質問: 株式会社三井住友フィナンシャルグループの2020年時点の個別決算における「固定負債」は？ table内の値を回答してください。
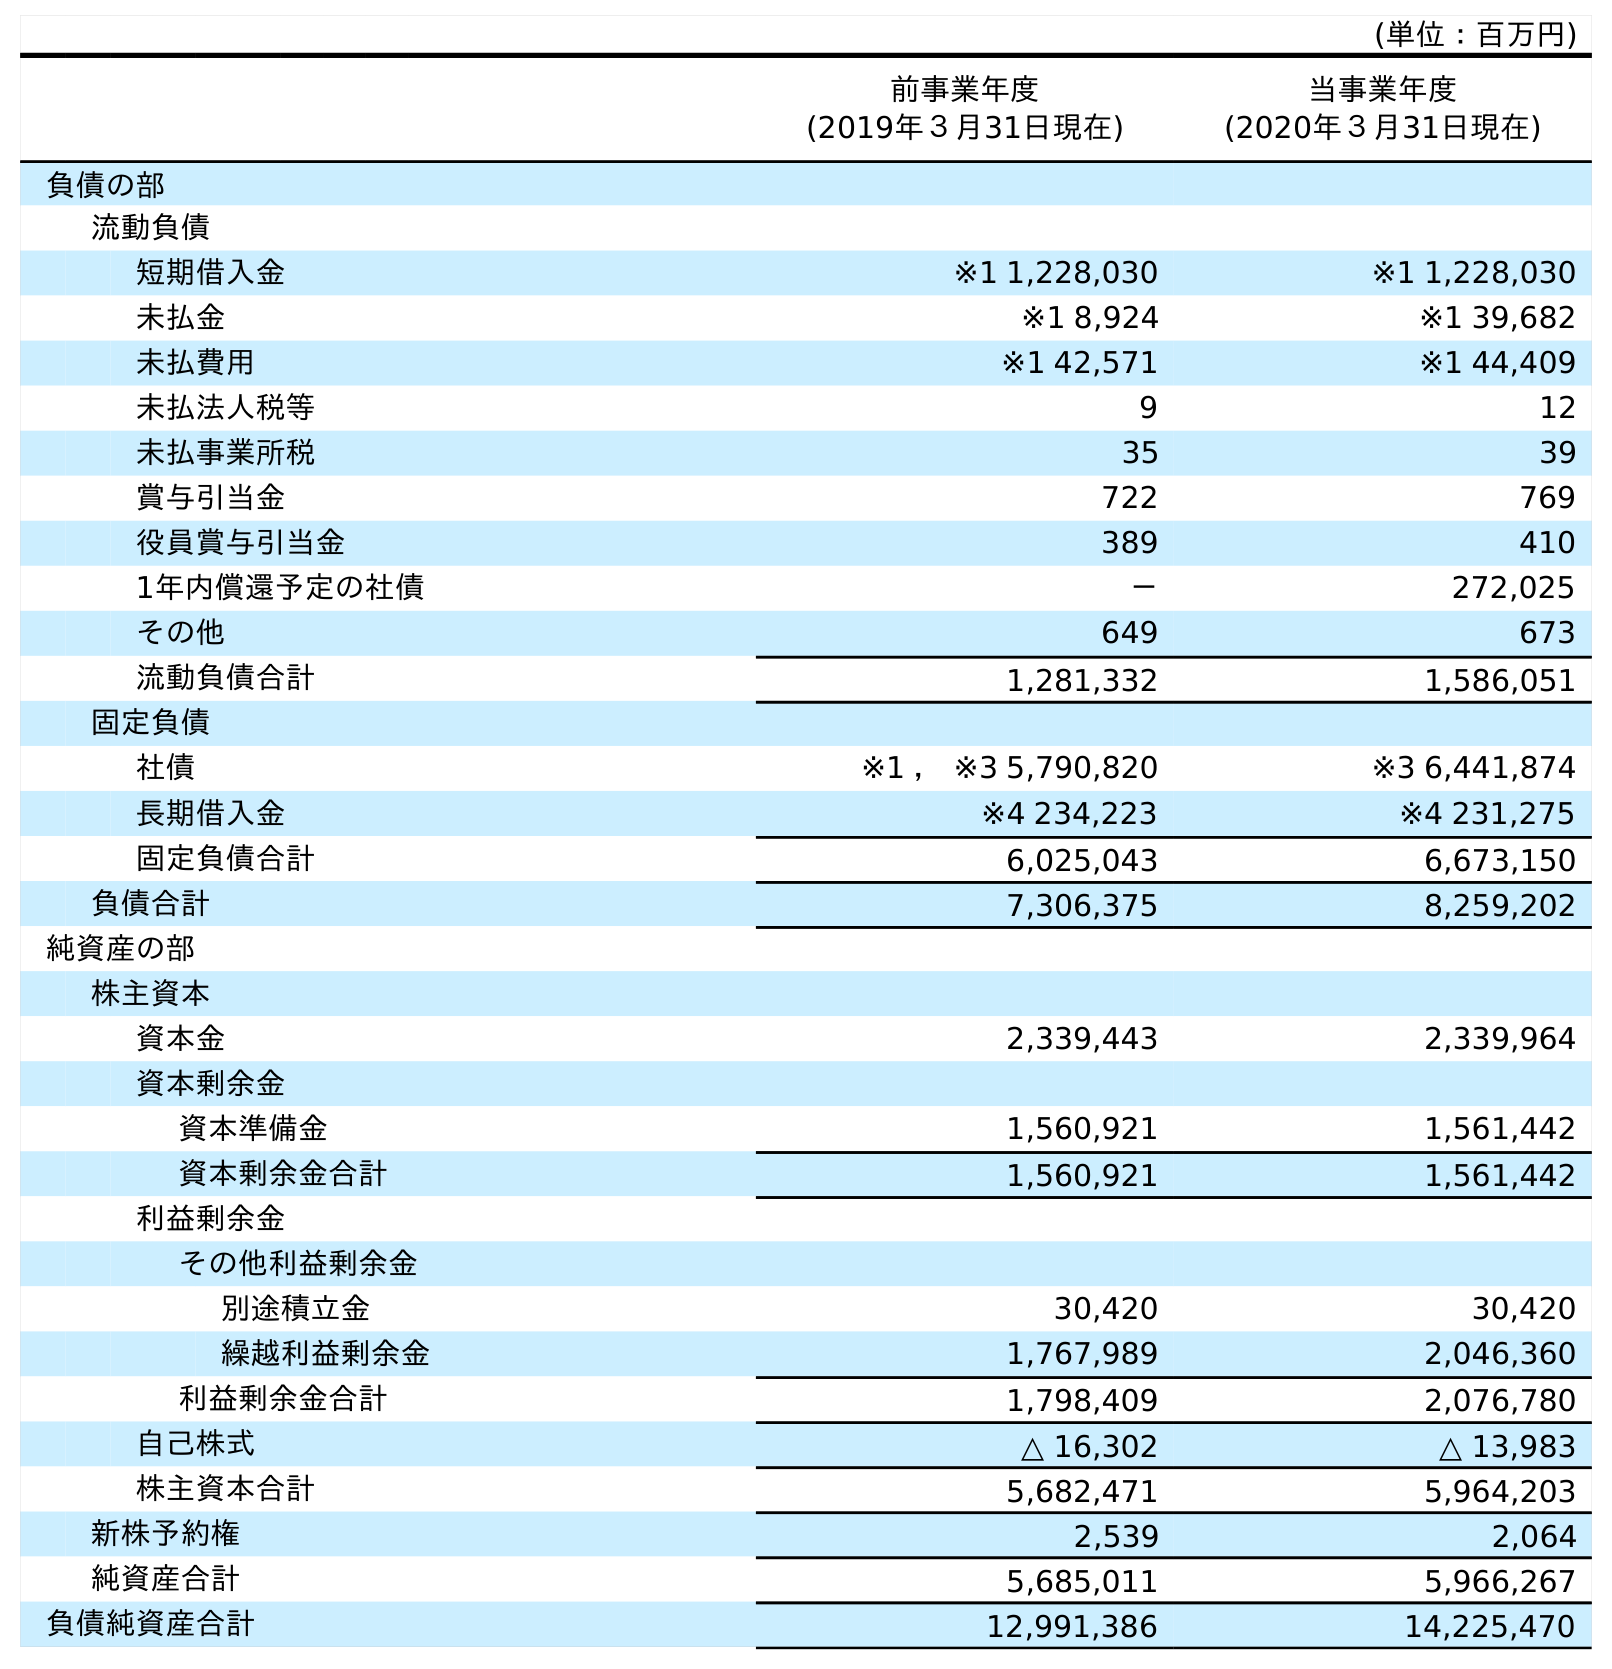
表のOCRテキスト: (単位：百万円) 前事業年度 (2019年３月31日現在) 当事業年度 (2020年３月31日現在) 負債の部 流動負債 短期借入金 ※1 1,228,030 ※1 1,228,030 未払金 ※1 8,924 ※1 39,682 未払費用 ※1 42,571 ※1 44,409 未払法人税等 9 12 未払事業所税 35 39 賞与引当金 722 769 役員賞与引当金 389 410 1年内償還予定の社債 － 272,025 その他 649 673 流動負債合計 1,281,332 1,586,051 固定負債 社債 ※1 ， ※3 5,790,820 ※3 6,441,874 長期借入金 ※4 234,223 ※4 231,275 固定負債合計 6,025,043 6,673,150 負債合計 7,306,375 8,259,202 純資産の部 株主資本 資本金 2,339,443 2,339,964 資本剰余金 資本準備金 1,560,921 1,561,442 資本剰余金合計 1,560,921 1,561,442 利益剰余金 その他利益剰余金 別途積立金 30,420 30,420 繰越利益剰余金 1,767,989 2,046,360 利益剰余金合計 1,798,409 2,076,780 自己株式 △ 16,302 △ 13,983 株主資本合計 5,682,471 5,964,203 新株予約権 2,539 2,064 純資産合計 5,685,011 5,966,267 負債純資産合計 12,991,386 14,225,470
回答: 6,673,150